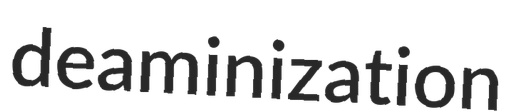
deaminization